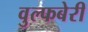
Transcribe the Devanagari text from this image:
वुल्फबेरी